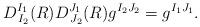
LaTeX: \begin{align*}D^{I_1}_{\, I_2}(R) D^{J_1}_{\, J_2}(R) g^{I_2 J_2} = g^{I_1 J_1}.\end{align*}